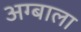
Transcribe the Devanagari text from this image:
अग्बाला